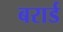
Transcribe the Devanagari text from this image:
बरार्ड